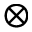
\otimes